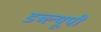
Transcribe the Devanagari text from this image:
डब्ल्यूपी